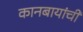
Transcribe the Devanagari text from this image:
कानबायांची